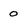
Character: 0